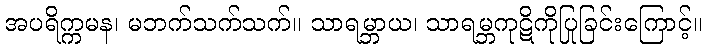
အပရိက္ကမန၊ မဘက်သက်သက်။ သာရမ္ဘာယ၊ သာရမ္ဘကုဋိကိုပြုခြင်းကြောင့်။